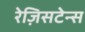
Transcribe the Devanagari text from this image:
रेज़िसटेन्स